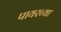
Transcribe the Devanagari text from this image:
पायरच्या